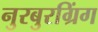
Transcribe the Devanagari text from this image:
नुरबुरग्रिंग